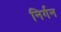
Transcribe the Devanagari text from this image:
निर्गन